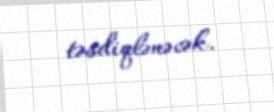
təsdiqlənəcək.